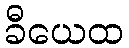
ခီယေထ